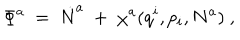
LaTeX: \Phi ^ { a } ~ = ~ \dot { N } ^ { a } ~ + ~ \chi ^ { a } ( q ^ { i } , p _ { i } , N ^ { a } ) ~ ,